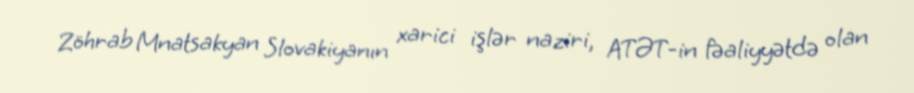
Zöhrab Mnatsakyan Slovakiyanın xarici işlər naziri, ATƏT-in fəaliyyətdə olan